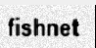
fishnet